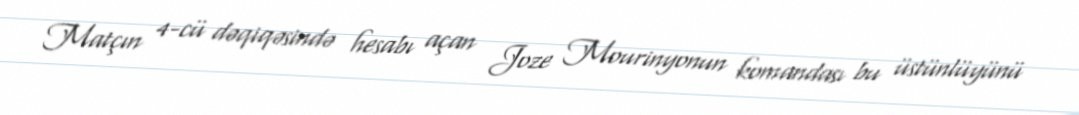
Matçın 4-cü dəqiqəsində hesabı açan Joze Mourinyonun komandası bu üstünlüyünü